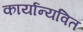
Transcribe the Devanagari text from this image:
कार्यान्यवित